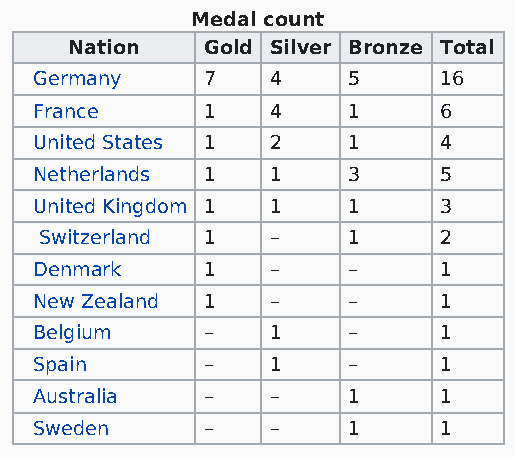
Medal count
 Nation  Gold Silver Bronze Total
 Germany    7    4    5     16
 France     1    4    1     6
 United States 1 2    1     4
 Netherlands 1   1    3     5
 United Kingdom 1 1   1     3
 Switzerland 1  –    1     2
 Denmark    1    –    –     1
 New Zealand 1   –    –     1
 Belgium    –    1    –     1
 Spain      –    1    –     1
 Australia  –    –    1     1
 Sweden     –    –    1     1